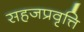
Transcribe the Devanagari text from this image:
सहजप्रवृत्ति